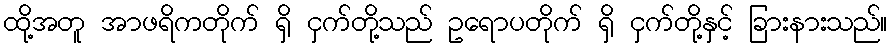
ထို့အတူ အာဖရိကတိုက် ရှိ ငှက်တို့သည် ဥရောပတိုက် ရှိ ငှက်တို့နှင့် ခြားနားသည်။